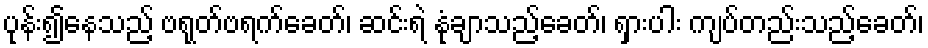
ပုန်း၍နေသည့် ဗရုတ်ဗရက်ခေတ်၊ ဆင်းရဲ နုံချာသည့်ခေတ်၊ ရှားပါး ကျပ်တည်းသည့်ခေတ်၊